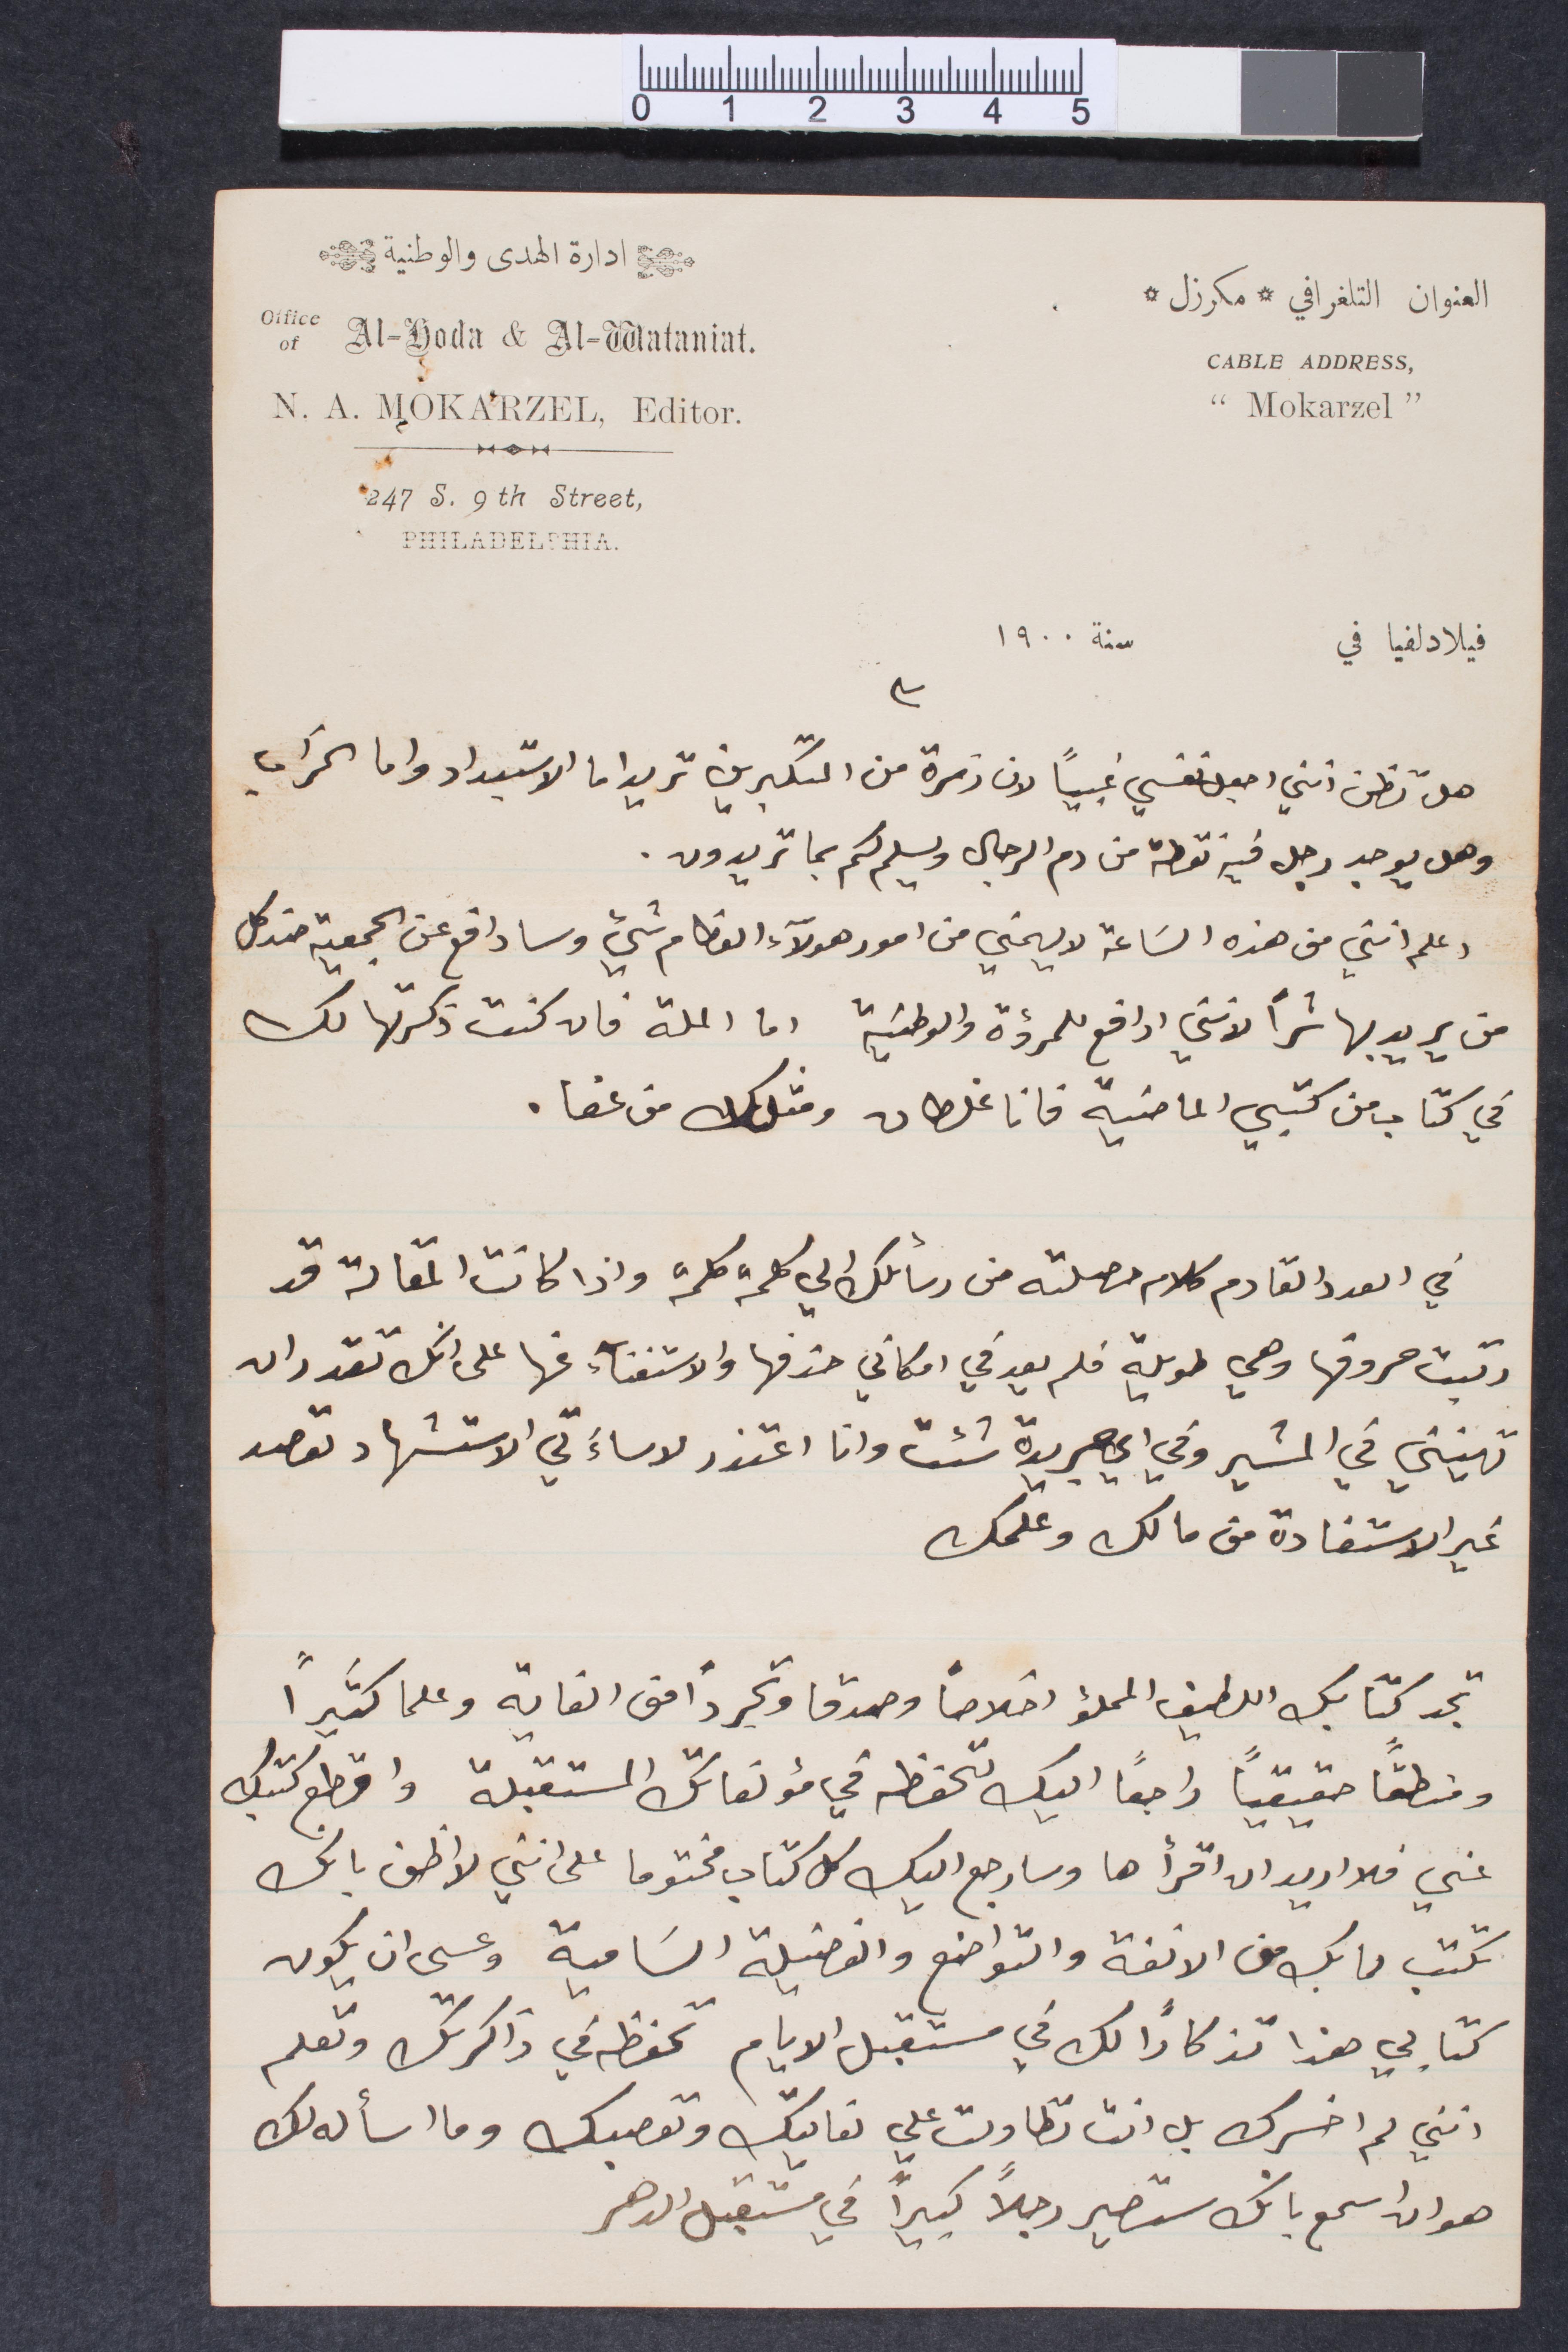
إدارة الهدى والوطنية
العنوان التلغرافي مكرزل
فيلادلفيا في
سنة ١٩٠٠
هل تظن انني اجعل نفسي غبيا لان زمرة من المكبرين تريد اما الاستبداد واما الخراب
وهل يوجد رجل فيه نقطة من دم الرجال  ويسلم لكم بما تريدون.
وعلم انني من هذه الساعة لا يهمني من أمور هؤلاء العظام شيء وسادافع عن الجمعية عند كل
من يريد بها شرًا لانني ادافع للمرؤة والوطنية اما الملة فان كنت ذكرتها لك
في كتاب من كتبي الماضية فانا غلطان ومثلك من عفا.
في العدد القادم كلام حصلته من رسائلك لي كلمة كلمة واذا كانت المقالة قد
رتبت حروفها وهي طويلة فلم يعد في امكاني حذفها والاستغناء عنها على انك تقدر ان
تهينني في المشير وفي أي جريدة شئت وانا اعتذر لو ساء لي الاستشهاد تقصد
غير الاستفادة من مالك وعملك
تجد كتابك الطيف المملؤ اخلاصًا وصدقًا وتجردًا متى القاته وعلما كثيرًا
ومنطقًا حقيقيًا راجعًا اليك تحفظه في مؤلفاتك المستقبلة واقطع كتبك
عني فلا اريد ان اقرأها وسارجع اليك اليك كل كتاب مختومًا على انني لأظن بانك
تكتب مما بك من الالفة والتواضع والفضيلة السامية وعسى ان يكون
كتابي هذا تذكارًا لك في مستقبل الأيام تحفظه في ذاكرتك وتعلم
أنني لم اخسرك بل انت تطاولت علي  نعاتبك ونقصبك وما اساله لك
هو ان اسمع بانك ستصير رجلًا كبيرًا في مستقب الدهر